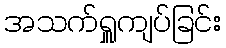
အသက်ရှူကျပ်ခြင်း